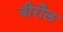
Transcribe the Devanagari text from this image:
बीरौल